Annual returns of the Patna Lunatic Asylum at Bankipore in Bihar and Orissa - 1912-1924
Year: 1912
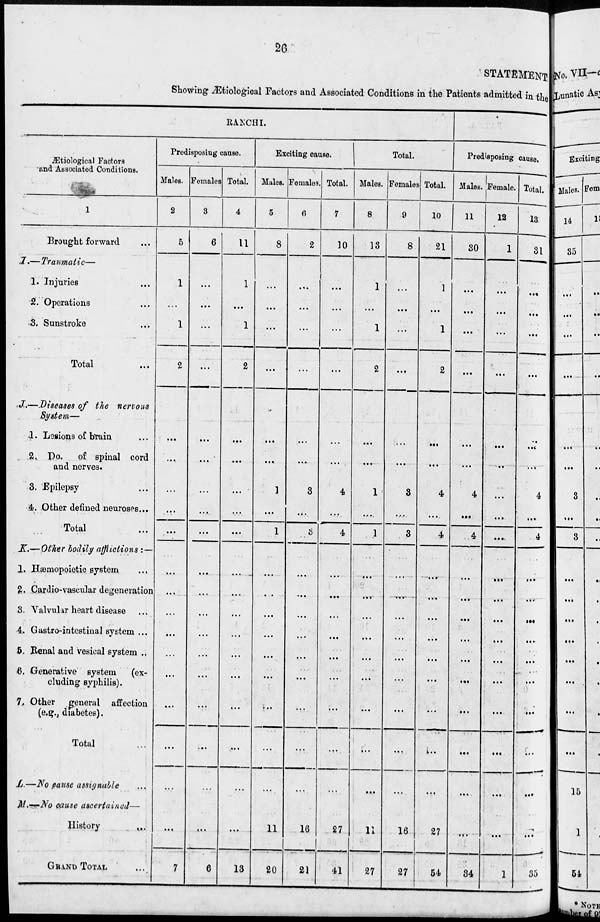
26
STATEMENT
Showing Ætiological Factors and Associated Conditions in the Patients admitted in the
RANCHI.
Ætiological Factors
and Associated Conditions.
1
Brought forward ...
I.—Traumatic—
1. Injuries ...
2. Operations ...
3. Sunstroke ...
Total ...
J.—Diseases of the nervous
System—
1. Legions of brain
2. Do.
of spinal cord
and nerves.
3. Epilepsy ...
4. Other defined neuroses...
Total ...
K.— Other bodily afflictions : —
1. Hæmopoietic system ...
2. Cardio-vascular degeneration
3. Valvular heart disease ...
4. Gastro-intestinal system ...
5. Renal and vesical system ..
6. Generative system
(ex-
cluding syphilis).
7. Other
general
affection
(e.g., diabetes).
Total
L.—No cause assignable ...
M.—No cause ascertained—
History
...
GRAND TOTAL ...
Predisposing cause.
Males.
2
5
1
...
1
2
...
...
...
...
...
...
...
...
...
...
...
...
...
...
...
7
Females
3
6
...
...
...
...
...
...
...
...
...
...
...
...
...
...
...
...
...
...
...
6
Total.
4
11
1
...
1
2
...
...
...
...
...
...
...
...
...
...
...
...
...
...
...
13
Exciting cause.
Males.
5
8
...
...
...
...
...
...
1
...
1
...
...
...
...
...
...
...
...
...
11
20
Females.
6
2
...
...
...
...
...
...
3
...
3
...
...
...
...
...
...
...
...
...
16
21
Total.
7
10
...
...
...
...
...
...
4
...
4
...
...
...
...
...
...
...
...
...
27
41
Total.
Males.
8
13
1
...
1
2
...
...
1
...
1
...
...
...
...
...
...
...
...
...
11
27
Females
9
8
...
...
...
...
...
...
3
...
3
...
...
...
...
...
...
...
...
...
16
27
Total.
10
21
1
...
1
2
...
...
4
...
4
...
...
...
...
...
...
...
...
...
27
54
Predisposing cause.
Males.
11
30
...
...
...
...
...
...
4
...
4
...
...
...
...
...
...
...
...
...
...
34
Female.
12
1
...
...
...
...
...
...
...
...
...
...
...
...
...
...
...
...
...
...
...
1
Total.
13
31
...
...
...
...
...
...
4
...
4
...
...
...
...
...
...
...
...
...
...
35